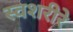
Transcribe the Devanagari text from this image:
स्वशरीरे